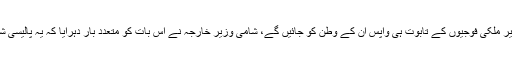
ان کا کہنا تھا کہ بغیر اجازت مداخلت کرنے والے غیر ملکی فوجیوں کے تابوت ہی واپس ان کے وطن کو جائیں گے، شامی وزیر خارجہ نے اس بات کو متعدد بار دہرایا کہ یہ پالیسی شام میں مداخلت کرنے والے ہر ملک کے لئے ہو گی۔